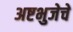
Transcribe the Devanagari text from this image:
अष्टभुजेचे